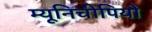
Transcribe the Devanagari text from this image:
म्यूनिचीपियो